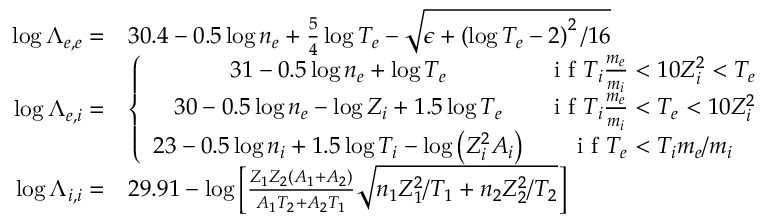
\begin{array} { r l } { \log \Lambda _ { e , e } = } & { 3 0 . 4 - 0 . 5 \log n _ { e } + \frac { 5 } { 4 } \log T _ { e } - \sqrt { \epsilon + \left( \log T _ { e } - 2 \right) ^ { 2 } / 1 6 } } \\ { \log \Lambda _ { e , i } = } & { \left\{ \begin{array} { c c } { 3 1 - 0 . 5 \log n _ { e } + \log T _ { e } } & { \textrm { i f } T _ { i } \frac { m _ { e } } { m _ { i } } < 1 0 Z _ { i } ^ { 2 } < T _ { e } } \\ { 3 0 - 0 . 5 \log n _ { e } - \log Z _ { i } + 1 . 5 \log T _ { e } } & { \textrm { i f } T _ { i } \frac { m _ { e } } { m _ { i } } < T _ { e } < 1 0 Z _ { i } ^ { 2 } } \\ { 2 3 - 0 . 5 \log n _ { i } + 1 . 5 \log T _ { i } - \log \left( Z _ { i } ^ { 2 } A _ { i } \right) } & { \textrm { i f } T _ { e } < T _ { i } m _ { e } / m _ { i } } \end{array} \right. } \\ { \log \Lambda _ { i , i } = } & { 2 9 . 9 1 - \log \left[ \frac { Z _ { 1 } Z _ { 2 } \left( A _ { 1 } + A _ { 2 } \right) } { A _ { 1 } T _ { 2 } + A _ { 2 } T _ { 1 } } \sqrt { n _ { 1 } Z _ { 1 } ^ { 2 } / T _ { 1 } + n _ { 2 } Z _ { 2 } ^ { 2 } / T _ { 2 } } \right] } \end{array}